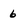
Character: 6